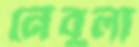
নেবুলা